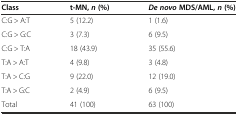
<table><thead><tr><td><b>Class</b></td><td><b>t-MN,<i>n</i>(%)</b></td><td><b><i>De novo</i>MDS/AML,<i>n</i>(%)</b></td></tr></thead><tbody><tr><td>C:G &gt; A:T</td><td>5 (12.2)</td><td>1 (1.6)</td></tr><tr><td>C:G &gt; G:C</td><td>3 (7.3)</td><td>6 (9.5)</td></tr><tr><td>C:G &gt; T:A</td><td>18 (43.9)</td><td>35 (55.6)</td></tr><tr><td>T:A &gt; A:T</td><td>4 (9.8)</td><td>3 (4.8)</td></tr><tr><td>T:A &gt; C:G</td><td>9 (22.0)</td><td>12 (19.0)</td></tr><tr><td>T:A &gt; G:C</td><td>2 (4.9)</td><td>6 (9.5)</td></tr><tr><td>Total</td><td>41 (100)</td><td>63 (100)</td></tr></tbody></table>